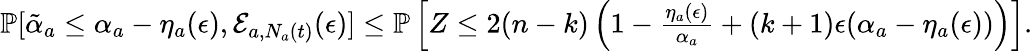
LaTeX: \begin{array}{r}{\mathbb{P}[\tilde{\alpha}_{a}\leq\alpha_{a}-\eta_{a}(\epsilon),\mathcal{E}_{a,N_{a}(t)}(\epsilon)]\leq\mathbb{P}\left[Z\leq 2(n-k)\left(1-\frac{\eta_{a}(\epsilon)}{\alpha_{a}}+(k+1)\epsilon(\alpha_{a}-\eta_{a}(\epsilon))\right)\right].}\end{array}